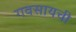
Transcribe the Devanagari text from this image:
गवसायची